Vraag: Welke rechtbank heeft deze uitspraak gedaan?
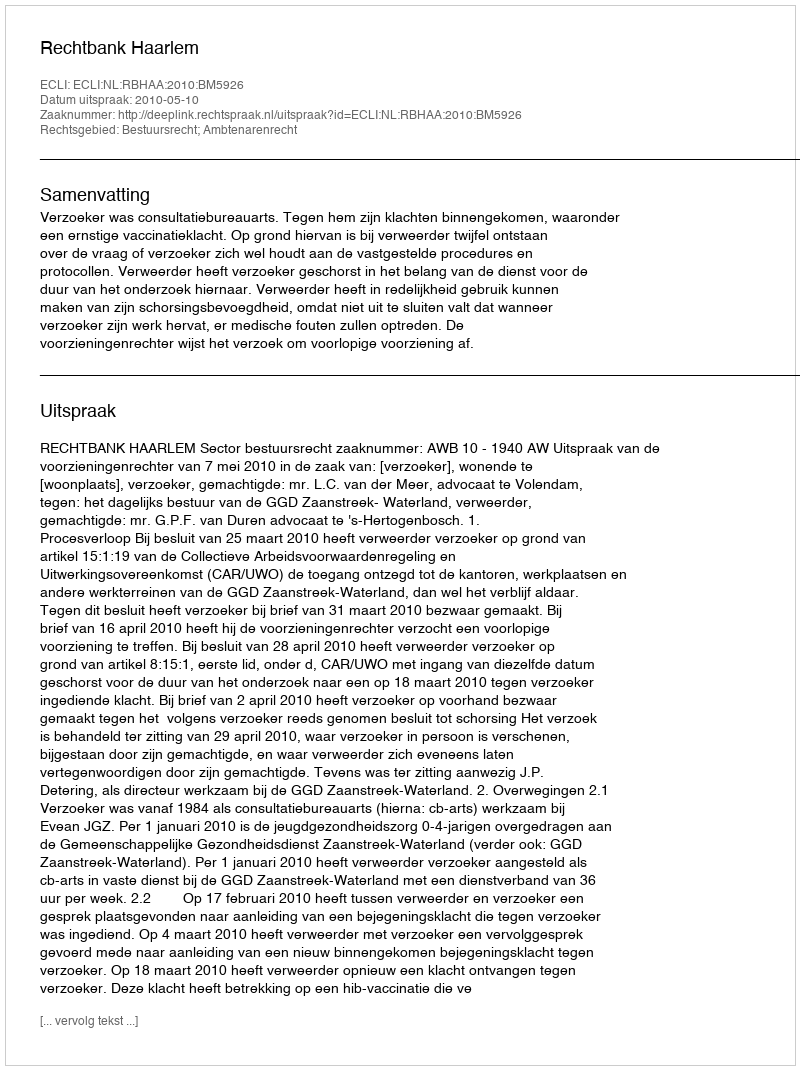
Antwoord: Rechtbank Haarlem